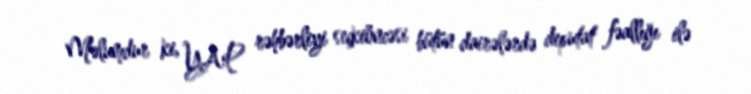
Məlumdur ki, YAP rəhbərliyi seçkiöncəsi bütün dairələrdə deputat fəallığı ilə